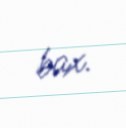
bax.